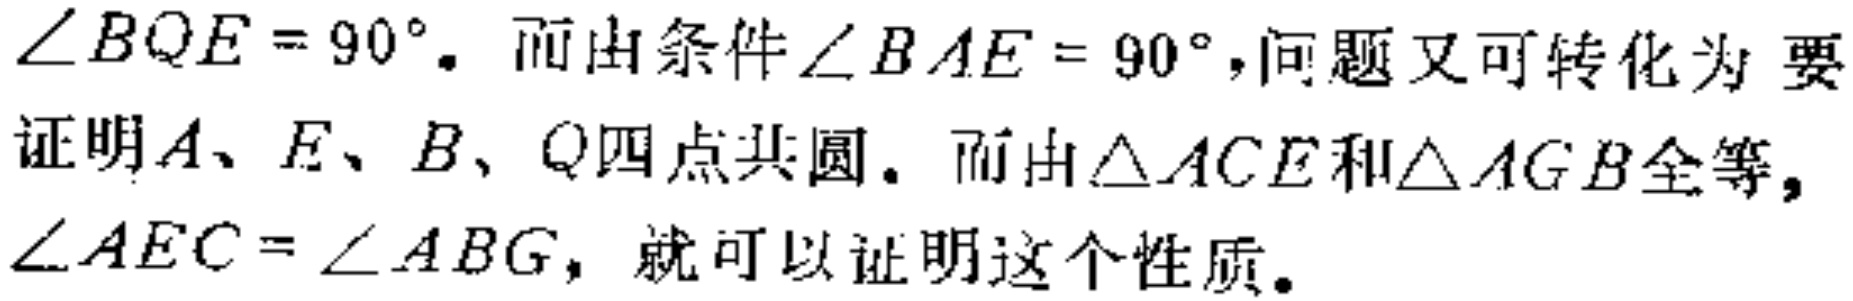
$\angle BQE = 90^{\circ}.$ 而由条件$\angle BAE = 90^{\circ}$,问题又可转化为 要证明$A、E、B、Q$四点共圆. 而由$\triangle ACE$和$\triangle AGB$全等, $\angle AEC = \angle ABG$, 就可以证明这个性质.